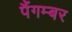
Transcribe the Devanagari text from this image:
पैंगम्‍बर